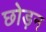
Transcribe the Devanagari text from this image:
छोड़न